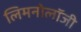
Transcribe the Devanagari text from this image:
लिमनोलॉजी